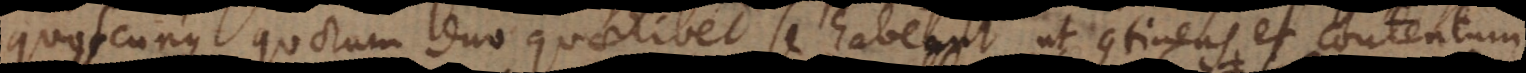
quorum duo quaelibet se habeant ut continens et contentum